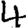
Digit: 4